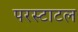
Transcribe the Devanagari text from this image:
परस्टाटल